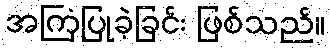
အကြံပြုခဲ့ခြင်း ဖြစ်သည်။